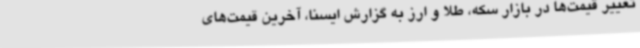
تغییر قیمت‌ها در بازار سکه، طلا و ارز به گزارش ایسنا، آخرین قیمت‌های